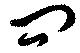
問